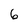
Character: 6